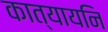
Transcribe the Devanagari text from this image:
कात्यायनि